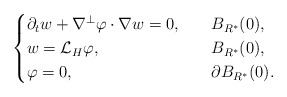
\begin{align*}\begin{cases}\partial_t w+\nabla^\perp\varphi\cdot \nabla w=0,\ \ &\ B_{R^*}(0),\\w=\mathcal{L}_H\varphi,\ \ &\ B_{R^*}(0),\\\varphi=0,\ \ &\ \partial B_{R^*}(0).\end{cases}\end{align*}